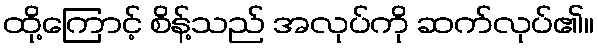
ထို့ကြောင့် စိန့်သည် အလုပ်ကို ဆက်လုပ်၏။